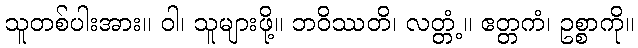
သူတစ်ပါးအား။ ဝါ၊ သူများဖို့။ ဘဝိဿတိ၊ လတ္တံ့။ ဧတ္တကံ၊ ဥစ္စာကို။